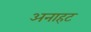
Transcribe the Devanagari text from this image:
अनाहट